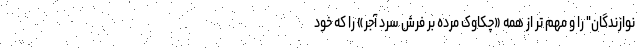
نوازندگان" را و مهم تر از همه «چکاوک مرده بر فرش سرد آجر» را که خود